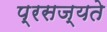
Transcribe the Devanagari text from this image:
प्रसज्यते